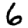
Digit: 6